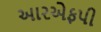
આરએફપી